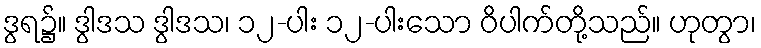
ဒွရ၌။ ဒွါဒသ ဒွါဒသ၊ ၁၂-ပါး ၁၂-ပါးသော ဝိပါက်တို့သည်။ ဟုတွာ၊